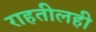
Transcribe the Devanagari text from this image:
राहतीलही